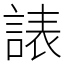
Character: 諘